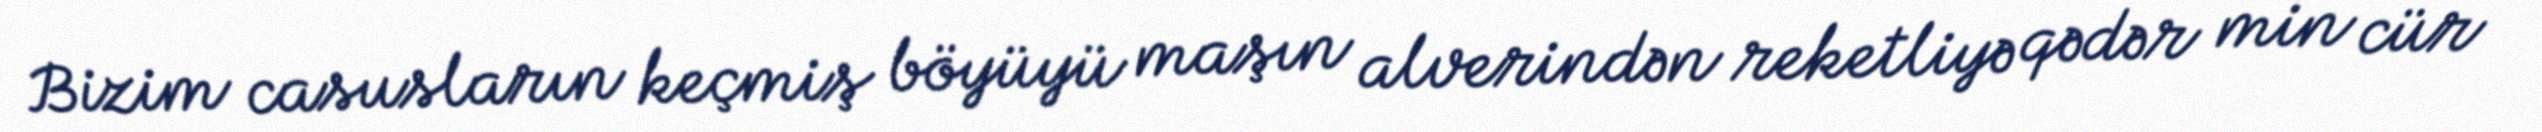
Bizim casusların keçmiş böyüyü maşın alverindən reketliyə qədər min cür